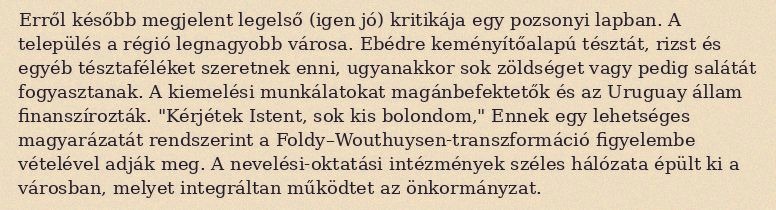
Erről később megjelent legelső (igen jó) kritikája egy pozsonyi lapban. A település a régió legnagyobb városa. Ebédre keményítőalapú tésztát, rizst és egyéb tésztaféléket szeretnek enni, ugyanakkor sok zöldséget vagy pedig salátát fogyasztanak. A kiemelési munkálatokat magánbefektetők és az Uruguay állam finanszírozták. "Kérjétek Istent, sok kis bolondom," Ennek egy lehetséges magyarázatát rendszerint a Foldy–Wouthuysen-transzformáció figyelembe vételével adják meg. A nevelési-oktatási intézmények széles hálózata épült ki a városban, melyet integráltan működtet az önkormányzat.